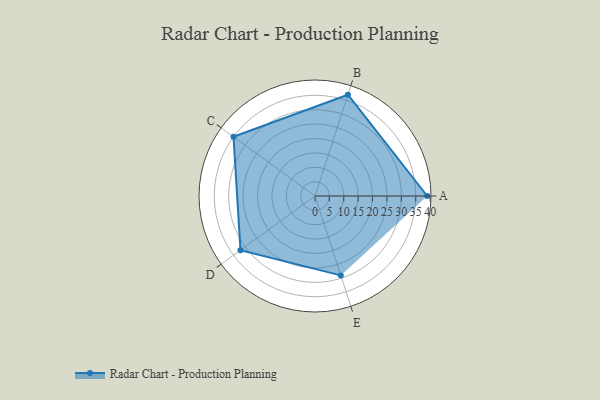
{"axis": {"x": "Skill", "y": "Score"}, "legend": ["Profile"], "data": [{"x": "A", "y": 39.0, "type": "Profile"}, {"x": "B", "y": 37.0, "type": "Profile"}, {"x": "C", "y": 35.0, "type": "Profile"}, {"x": "D", "y": 32.0, "type": "Profile"}, {"x": "E", "y": 29.0, "type": "Profile"}]}